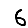
Digit: 6